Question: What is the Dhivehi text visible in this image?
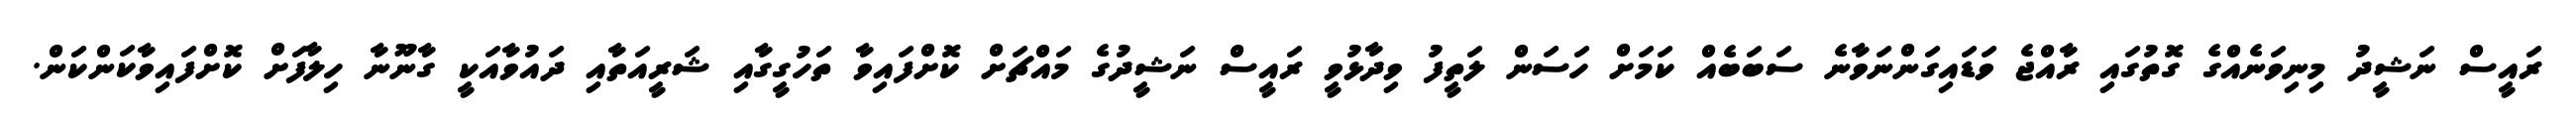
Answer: ރައީސް ނަޝީދު މިނިވަނެއްގެ ގޮތުގައި ރާއްޖެ ވަޑައިގަންނަވާނެ ސަބަބެއް ކަމަށް ހަސަން ލަތީފު ވިދާޅުވީ ރައީސް ނަޝީދުގެ މައްޗަށް ކޮށްފައިވާ ތަހުގީގާއި ޝަރީއަތާއި ދައުވާއަކީ ގާނޫނާ ހިލާފަށް ކޮށްފައިވާކަންކަން.